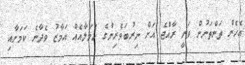
އެހެން ތަންތަނުން ވަނީ ރާއްޖެ އަށް ނިރުބަވެރިންގެ ހަމަލާއެއް އަމާޒު ވެދާނެ ކަމަށާއި